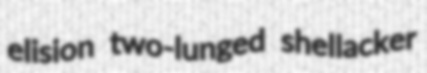
elision two-lunged shellacker